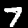
Digit: 7